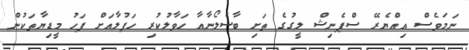
ނަމަވެސް އިއްޔެރޭ ސްޕެނިޝް ލީގުގެ ތަށި ބާސެލޯނާއާ ހަވާލުކުރި ހަފުލާއަށް ފަހު މީޑިޔާތަކުން